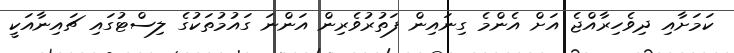
ކަމަށާއި ދިވެހިރާއްޖެ އަށް އެންމެ ގިނައިން ފަތުރުވެރިން އަންނަ ގައުމުތަކުގެ ލިސްޓުގައި ޗައިނާއަކީ